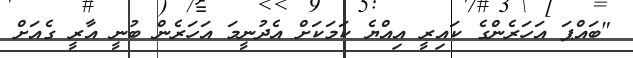
"ބައްޕަ އަހަރެންގެ ކައިރީ އިއްޔެ ކަމަކަށް އެދުނީމަ އަހަރެން ބުނީ އާރީ ގެއަށް